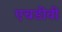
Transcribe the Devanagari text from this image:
एचडीवी